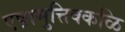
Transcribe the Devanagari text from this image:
एष़ामुत्तिक्कळि